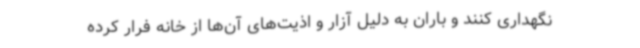
نگهداری کنند و باران به دلیل آزار و اذیت‌های آن‌ها از خانه فرار کرده